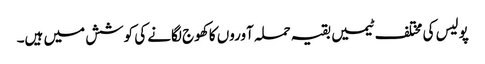
پولیس کی مختلف ٹیمیں بقیہ حملہ آوروں کا کھوج لگانے کی کوشش میں ہیں۔